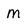
Character: M